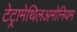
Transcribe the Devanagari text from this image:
टेट्रामेथिलअमोनियम